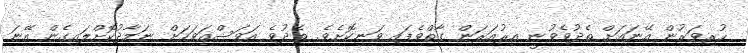
ހުރިވަރުން އޭނައަށް ތެދުވެވުނީ އިރުއަރަން ގާތްވެފައި ވަނިކޮށެވެ. ތެދުވެ އަވަސްއަވަހަށް ނަމާދުކޮށްލައިގެން އޭނަ